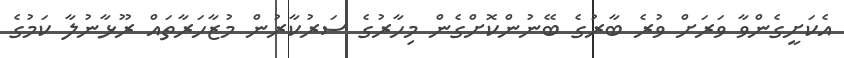
އެކަށީގެންވާ ވަރަށް ވުރެ ބާރުގެ ބޭނުންކޮށްގެން މިހާރުގެ ސަރުކާރުން މުޒާހަރާތައް ރޫޅާނުލާ ކަމުގެ